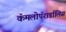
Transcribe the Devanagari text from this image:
कॅमलोपॅरार्डालिस